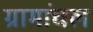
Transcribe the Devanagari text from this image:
ग्रामांचल